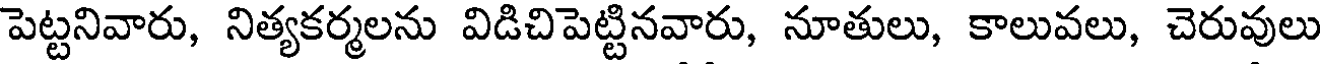
పెట్టనివారు, నిత్యకర్మలను విడిచిపెట్టినవారు, నూతులు, కాలువలు, చెరువులు